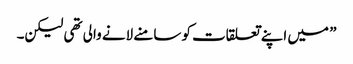
” میں اپنے تعلقات کو سامنے لانے والی تھی لیکن۔